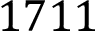
1 7 1 1